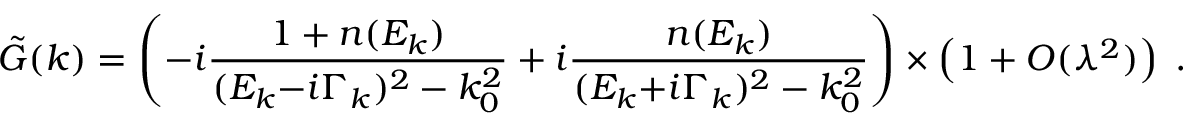
\tilde { G } ( k ) = \left( - i { \frac { 1 + n ( E _ { k } ) } { ( E _ { k } { - } i \Gamma _ { k } ) ^ { 2 } - k _ { 0 } ^ { 2 } } } + i { \frac { n ( E _ { k } ) } { ( E _ { k } { + } i \Gamma _ { k } ) ^ { 2 } - k _ { 0 } ^ { 2 } } } \right) \times \left( 1 + { \cal O } ( \lambda ^ { 2 } ) \right) \; .